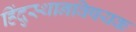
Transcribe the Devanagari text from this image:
हिंदुस्थानविषयक